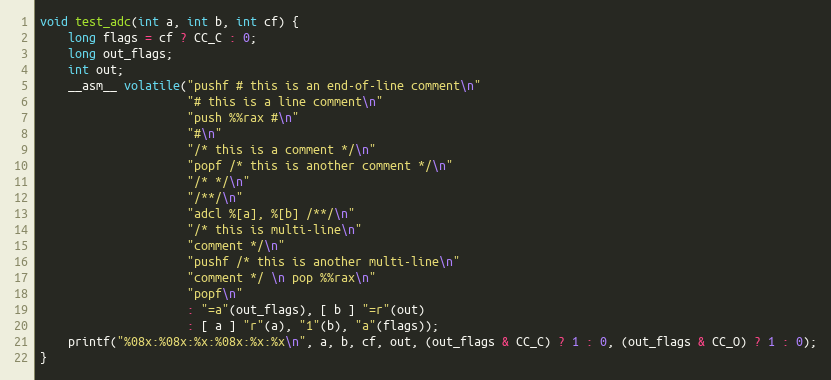
Language: C
void test_adc(int a, int b, int cf) {
    long flags = cf ? CC_C : 0;
    long out_flags;
    int out;
    __asm__ volatile("pushf # this is an end-of-line comment\n"
                     "# this is a line comment\n"
                     "push %%rax #\n"
                     "#\n"
                     "/* this is a comment */\n"
                     "popf /* this is another comment */\n"
                     "/* */\n"
                     "/**/\n"
                     "adcl %[a], %[b] /**/\n"
                     "/* this is multi-line\n"
                     "comment */\n"
                     "pushf /* this is another multi-line\n"
                     "comment */ \n pop %%rax\n"
                     "popf\n"
                     : "=a"(out_flags), [ b ] "=r"(out)
                     : [ a ] "r"(a), "1"(b), "a"(flags));
    printf("%08x:%08x:%x:%08x:%x:%x\n", a, b, cf, out, (out_flags & CC_C) ? 1 : 0, (out_flags & CC_O) ? 1 : 0);
}